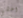
اخشي